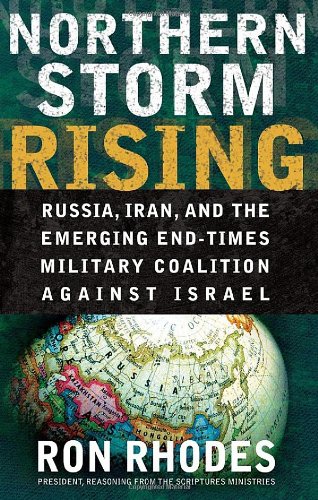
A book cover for Northern Storm Rising: Russia, Iran, and the Emerging End-Times Military Coalition Against Israel; Ron Rhodes; Christian Books & Bibles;